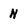
Character: n